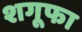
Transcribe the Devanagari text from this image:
शगूफा